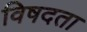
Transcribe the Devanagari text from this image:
विषदता